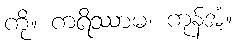
ကို။ ကရိဿာမ၊ ကုန်အံ့။